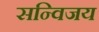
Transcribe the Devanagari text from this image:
सन्विजय